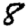
Digit: 8